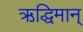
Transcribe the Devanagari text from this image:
ऋद्धिमान्‌